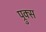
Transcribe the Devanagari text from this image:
प्रुक्स